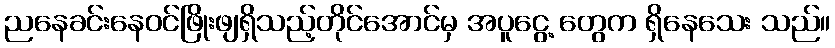
ညနေခင်းနေဝင်ဖြိုးဖျရှိသည့်တိုင်အောင်မှ အပူငွေ့ တွေက ရှိနေသေး သည်။